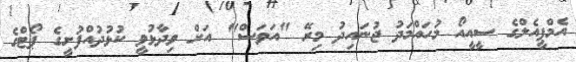
އެމްޕީއެލްގެ ސީއީއޯ މުހައްމަދު ޖުނައިދު މިރޭ "އަވަސް" އަށް ވިދާޅުވީ ކުޅުދުއްފުށީގެ ޕޯޓްގެ